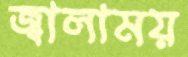
জ্বালাময়